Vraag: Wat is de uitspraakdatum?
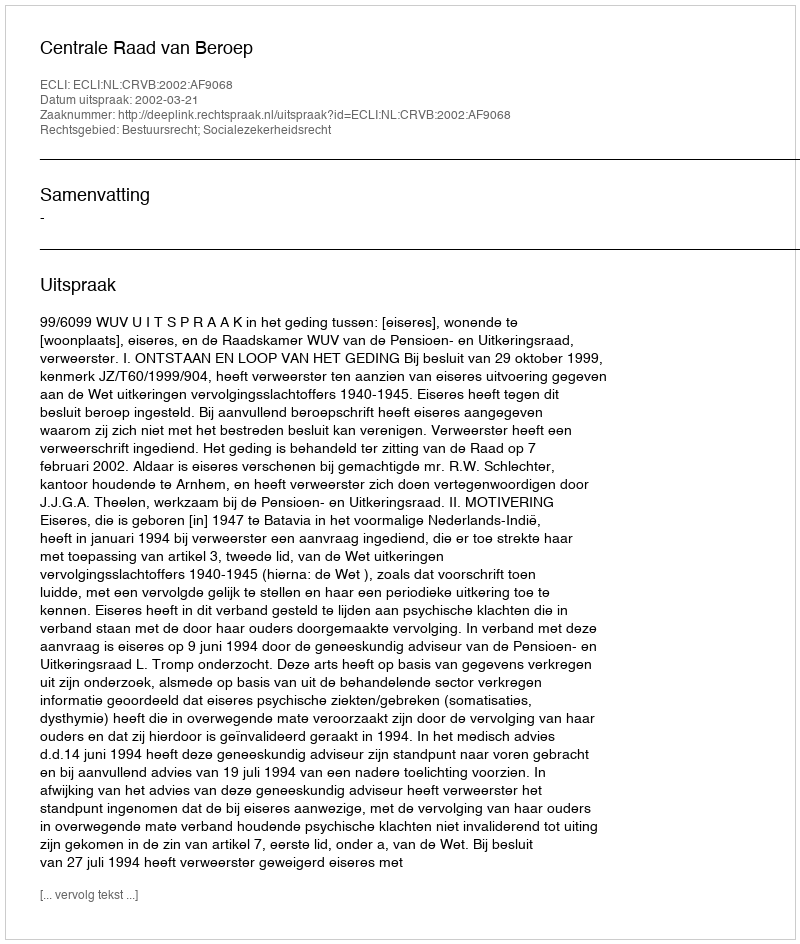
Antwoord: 2002-03-21